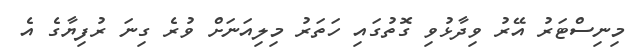
މިނިސްޓަރު އޭރު ވިދާޅުވި ގޮތުގައި ހަތަރު މިލިއަނަށް ވުރެ ގިނަ ރުފިޔާގެ އެ